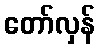
တော်လှန်